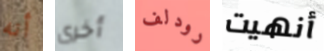
أنه أخرى رودلف أنهيت